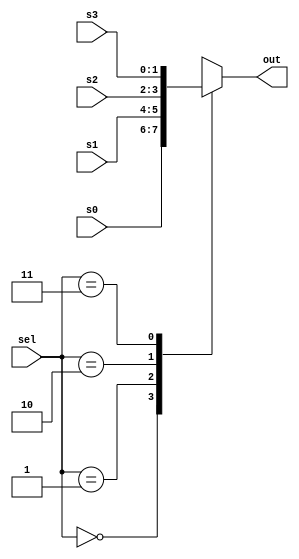
module Mux4to1 (
    output reg [1:0] out,
    input [1:0] sel,
    input [1:0] s0,
    input [1:0] s1,
    input [1:0] s2,
    input [1:0] s3
);
parameter S0 = 2'b00;
parameter S1 = 2'b01;
parameter S2 = 2'b10;
parameter S3 = 2'b11;

    always @(*) begin
        case(sel)
            S0: begin
                out <= s0;
            end
            S1: begin
                out <= s1;
            end
            S2: begin
                out <= s2;
            end
            S3: begin
                out <= s3;
            end
        endcase
    end
    
endmodule